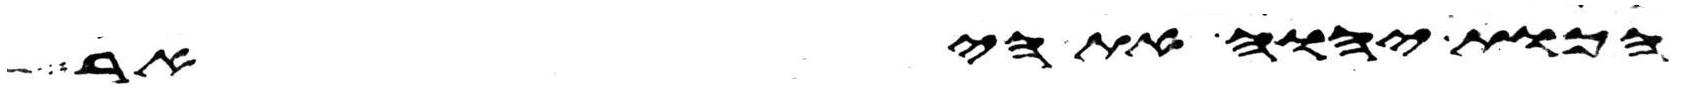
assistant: הכות יהוה את היאר